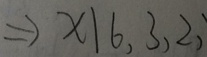
\Rightarrow x \vert 6 , 3 , 2 ,